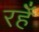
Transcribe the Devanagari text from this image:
रहेँ